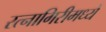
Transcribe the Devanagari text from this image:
रत्नागिरीमध्ये